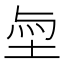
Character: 𡋬